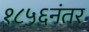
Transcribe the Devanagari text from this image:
१८५६नंतर